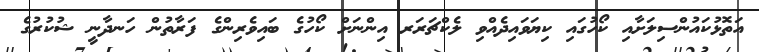
އަތޮޅުކައުންސިލަށާއި ކޯހުގައި ކިޔަވައިދެއްވި ލެކްޗަރަރ އިންނަށް ކޯހުގެ ބައިވެރިންގެ ފަރާތުން ހަނދާނީ ޝުކުރުގެ